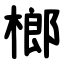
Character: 榔